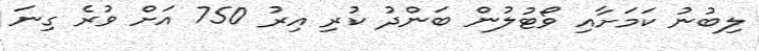
ލިބުނު ކަމަށާއި ވޯޓުލުން ބަންދު ކުރި އިރު 750 އަށް ވުރެ ގިނަ